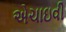
એચાઇવી